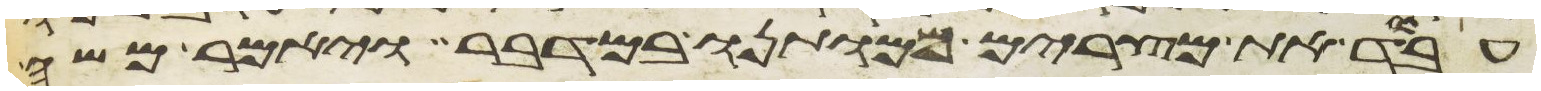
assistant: עבד את מצרים ממותנו במדבר ויאמר משה